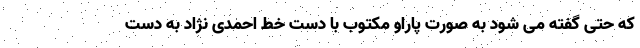
که حتی گفته می شود به صورت پاراو مکتوب با دست خط احمدی نژاد به دست